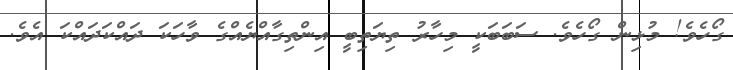
ގޯހެވެ! މުޅިން ގޯހެވެ. ސަބަބަކީ މިހާރު ތިޔަތިބީ އިންތިގާއްޔެއްގެ ވާހަކަ ދައްކަދައްކަ އެވެ.